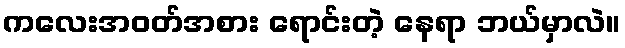
ကလေးအဝတ်အစား ရောင်းတဲ့ နေရာ ဘယ်မှာလဲ။